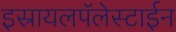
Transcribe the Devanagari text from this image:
इस्रायलपॅलेस्टाईन